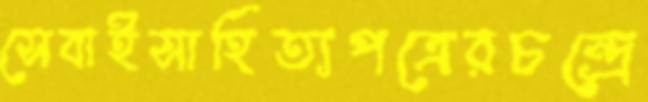
সেবাইসাহিত্যপত্রেরচন্দ্রে